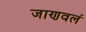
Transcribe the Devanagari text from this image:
जाणवलं